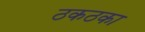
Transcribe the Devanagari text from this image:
ठकठका